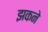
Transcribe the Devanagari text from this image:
झकने